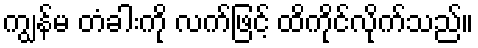
ကျွန်မ တံခါးကို လက်ဖြင့် ထိကိုင်လိုက်သည်။